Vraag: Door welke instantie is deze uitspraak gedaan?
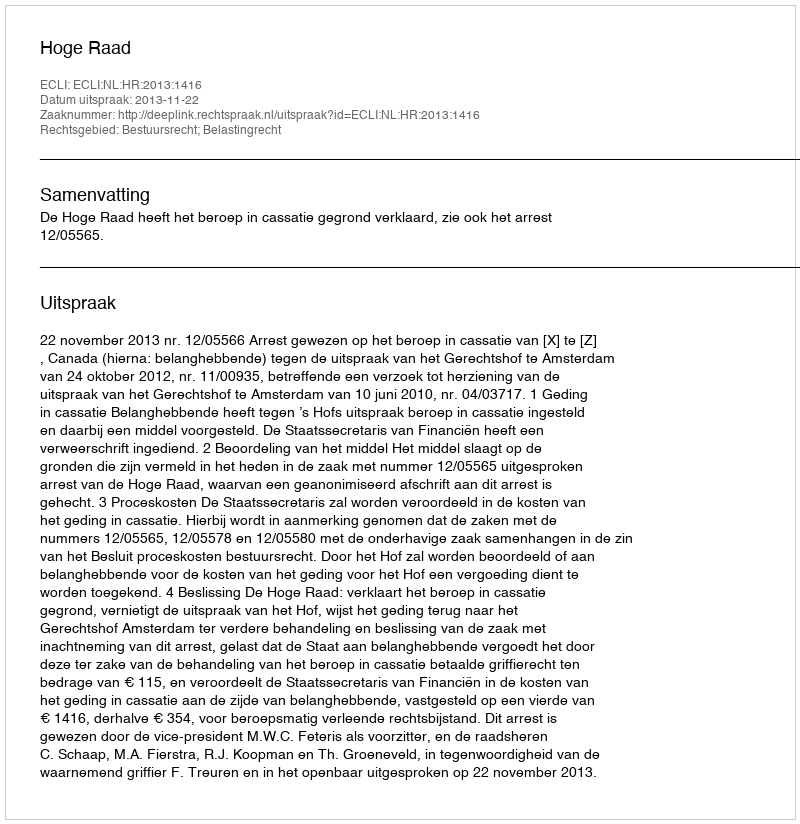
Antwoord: Hoge Raad